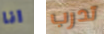
انا تدرب